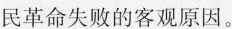
民革命失败的客观原因。